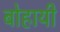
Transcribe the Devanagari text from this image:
बोहायी